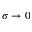
\sigma \rightarrow 0